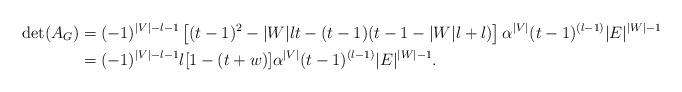
LaTeX: \begin{align*} \det(A_G)&=(-1)^{|V|-l-1}\left[(t-1)^2-|W|lt-(t-1)(t-1-|W|l+l)\right]\alpha^{|V|}(t-1)^{(l-1)}|E|^{|W|-1}\\ &=(-1)^{|V|-l-1}l[1-(t+w)]\alpha^{|V|}(t-1)^{(l-1)}|E|^{|W|-1}.\end{align*}